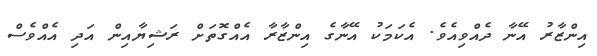
އިންޒާރު އޭނާ ދެއްވިއެވެ. އެކަމަކު އޭނާގެ އިންޒާރާ އެެއްގޮތަށް ރަޝިޔާއިން އަދި އެއްވެސް